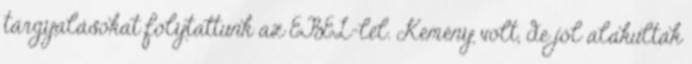
tárgyalásokat folytattunk az EBEL-lel. Kemény volt, de jól alakultak